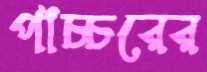
পাঁচ্চরের